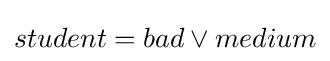
student=bad\lor medium